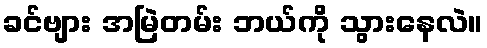
ခင်ဗျား အမြဲတမ်း ဘယ်ကို သွားနေလဲ။